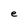
Character: e